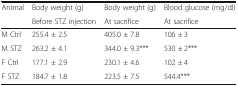
<table><thead><tr><td rowspan="2"><b>Animal</b></td><td><b>Body weight (g)</b></td><td><b>Body weight (g)</b></td><td><b>Blood glucose (mg/dl)</b></td></tr><tr><td><b>Before STZ injection</b></td><td><b>At sacrifice</b></td><td><b>At sacrifice</b></td></tr></thead><tbody><tr><td>M Ctrl</td><td>255.4 ± 2.5</td><td>405.0 ± 7.8</td><td>106 ± 3</td></tr><tr><td>M STZ</td><td>263.2 ± 4.1</td><td>344.0 ± 9.3***</td><td>530 ± 2***</td></tr><tr><td>F Ctrl</td><td>177.1 ± 2.9</td><td>230.1 ± 4.6</td><td>102 ± 4</td></tr><tr><td>F STZ</td><td>184.7 ± 1.8</td><td>223.5 ± 7.5</td><td>544.4***</td></tr></tbody></table>